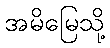
အမိမြေသို့